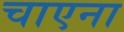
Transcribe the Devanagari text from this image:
चाएना